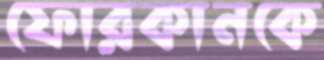
ফোরকানকে